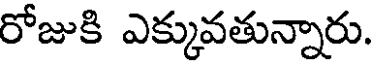
రోజుకి ఎక్కువతున్నారు.